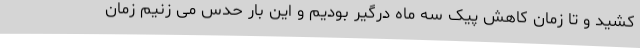
کشید و تا زمان کاهش پیک سه ماه درگیر بودیم و این بار حدس می زنیم زمان